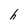
Character: h